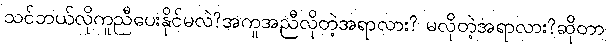
သင်ဘယ်လိုကူညီပေးနိုင်မလဲ?အကူအညီလိုတဲ့အရာလား? မလိုတဲ့အရာလား?ဆိုတာ